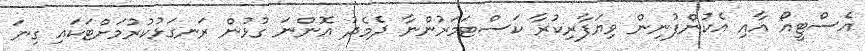
އެސްޓީއޯ އާއި އެކުންފުނިން ވިޔަފާރިކުރާ ކަސްޓަމަރުންނާ ދެމެދު އޮންނަ ގުޅުން ރަނގަޅުކުރުމަށްޓަކައި ގިނަ